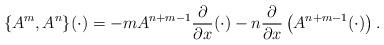
LaTeX: \begin{align*}\{A^m,A^n\}(\cdot)=-mA^{n+m-1}\frac{\partial}{\partial x}(\cdot)-n\frac{\partial}{\partial x}\left(A^{n+m-1}(\cdot)\right).\end{align*}